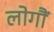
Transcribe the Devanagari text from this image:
लोगौं